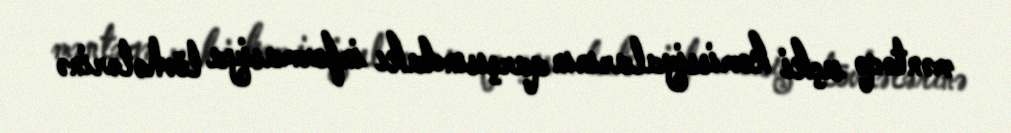
məntəqə seçki komissiyalarının qarşısındakı informasiya lövhələrinə